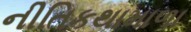
નીતિકથામાળા